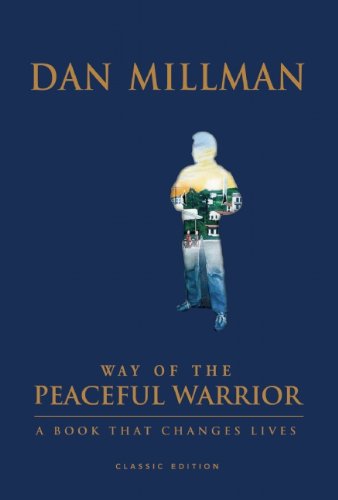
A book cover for Way of the Peaceful Warrior: A Book That Changes Lives; Dan Millman; Christian Books & Bibles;